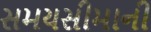
સમયસીમાની